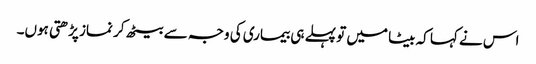
اس نے کہا کہ بیٹا میں تو پہلے ہی بیماری کی وجہ سے بیٹھ کر نماز پڑھتی ہوں۔